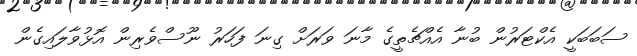
ސަބަބަކީ އެކްޓަރުން ބުނާ އެއްޗެތީގެ މާނަ ވަރަށް ގިނަ ފަހަރު ނޫސްވެރިން އޮޅުވާލައިގެން